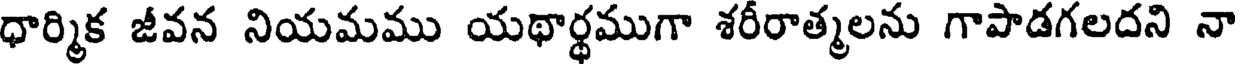
ధార్మిక జీవన నియమము యథార్థముగా శరీరాత్మలను గాపాడగలదని నా